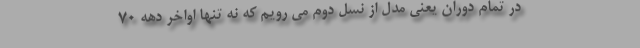
در تمام دوران یعنی مدل از نسل دوم می رویم که نه تنها اواخر دهه 70